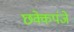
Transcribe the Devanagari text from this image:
छक्केपंजे